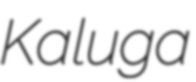
Kaluga